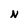
Character: N